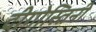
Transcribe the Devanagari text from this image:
दीगोस्तिनी